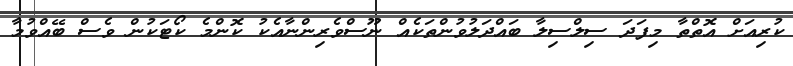
ކުރިއަށް އޮތްތާ މިފަދަ ސިލްސިލާ ބައްދަލުވުންތަކެއް ނޫސްވެރިންނާއެކު ކޮންމެ ކޯޓަކުން ވެސް ބޭއްވުމާ